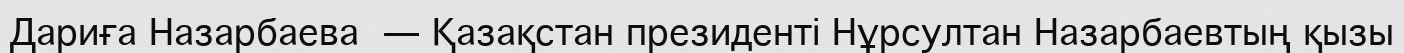
Дариға Назарбаева — Қазақстан президенті Нұрсултан Назарбаевтың қызы